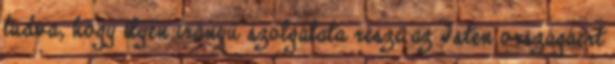
tudva, hogy ilyen irányú szolgálata része az Isten országáért